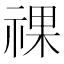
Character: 祼